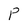
Character: P